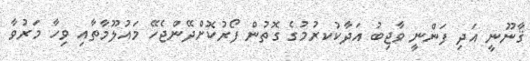
ޤާނޫނީ އަދި ފަންނީ ވާޖިބު އަދާކުކރުމުގެ ގޮތުން ފޯރުކޮށްދޭންޖެހޭ މައުލޫމާތާއި ވިހާ މަރުވާ